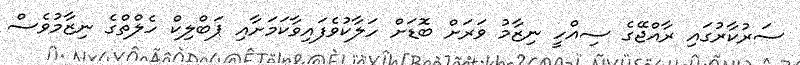
ސަރުކާރުގައި ރާއްޖޭގެ ސިއްހީ ނިޒާމު ވަރަށް ބޮޑަށް ހަލާކުވެފައިވާކަމަށާއި ޕަބްލިކް ހެލްތްގެ ނިޒާމުވެސް